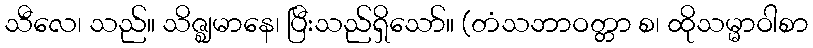
သီလေ၊ သည်။ သိဇ္ဈမာနေ၊ ပြီးသည်ရှိသော်။ (တံသဘာဝတ္တာ စ၊ ထိုသမ္မာဝါစာ